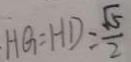
H G : H D = \frac { \sqrt { 5 } } { 2 }